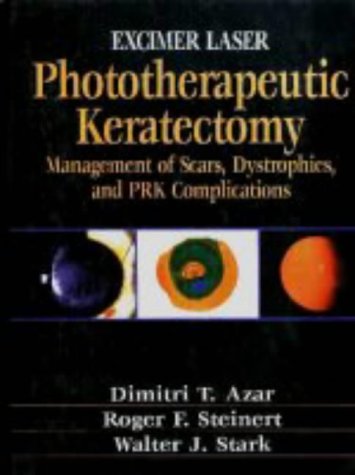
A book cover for Excimer Laser Phototherapeutic Keratectomy: Phototherapeutic Keratectomy; Dimitri T. Azar; Medical Books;